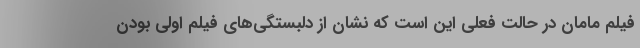
فیلم مامان در حالت فعلی این است که نشان از دلبستگی‌های فیلم اولی بودن